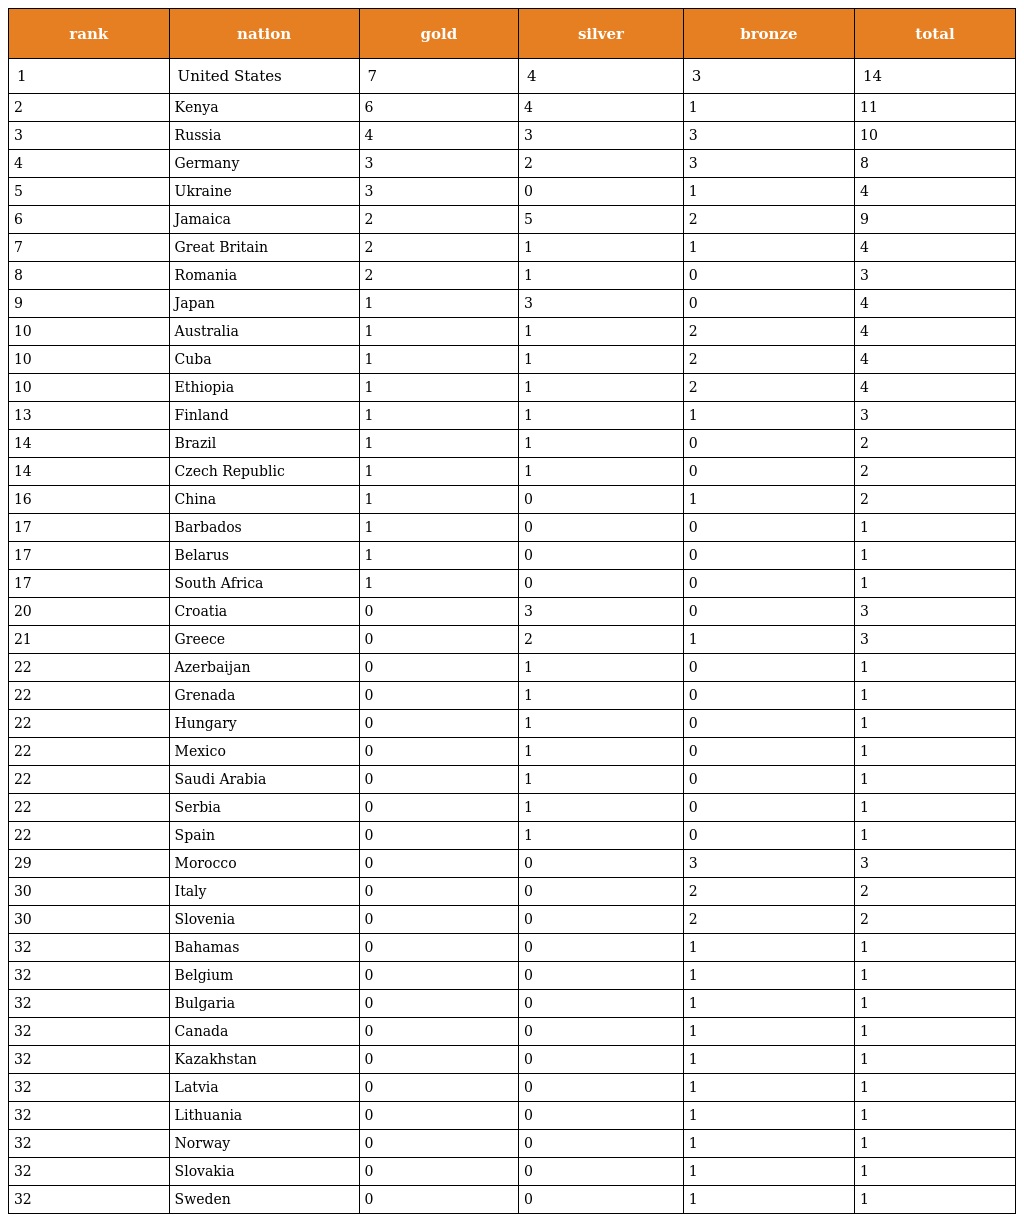
| rank | nation | gold | silver | bronze | total |
 | --- | --- | --- | --- | --- | --- |
 | 1 | United States | 7 | 4 | 3 | 14 |
 | 2 | Kenya | 6 | 4 | 1 | 11 |
 | 3 | Russia | 4 | 3 | 3 | 10 |
 | 4 | Germany | 3 | 2 | 3 | 8 |
 | 5 | Ukraine | 3 | 0 | 1 | 4 |
 | 6 | Jamaica | 2 | 5 | 2 | 9 |
 | 7 | Great Britain | 2 | 1 | 1 | 4 |
 | 8 | Romania | 2 | 1 | 0 | 3 |
 | 9 | Japan | 1 | 3 | 0 | 4 |
 | 10 | Australia | 1 | 1 | 2 | 4 |
 | 10 | Cuba | 1 | 1 | 2 | 4 |
 | 10 | Ethiopia | 1 | 1 | 2 | 4 |
 | 13 | Finland | 1 | 1 | 1 | 3 |
 | 14 | Brazil | 1 | 1 | 0 | 2 |
 | 14 | Czech Republic | 1 | 1 | 0 | 2 |
 | 16 | China | 1 | 0 | 1 | 2 |
 | 17 | Barbados | 1 | 0 | 0 | 1 |
 | 17 | Belarus | 1 | 0 | 0 | 1 |
 | 17 | South Africa | 1 | 0 | 0 | 1 |
 | 20 | Croatia | 0 | 3 | 0 | 3 |
 | 21 | Greece | 0 | 2 | 1 | 3 |
 | 22 | Azerbaijan | 0 | 1 | 0 | 1 |
 | 22 | Grenada | 0 | 1 | 0 | 1 |
 | 22 | Hungary | 0 | 1 | 0 | 1 |
 | 22 | Mexico | 0 | 1 | 0 | 1 |
 | 22 | Saudi Arabia | 0 | 1 | 0 | 1 |
 | 22 | Serbia | 0 | 1 | 0 | 1 |
 | 22 | Spain | 0 | 1 | 0 | 1 |
 | 29 | Morocco | 0 | 0 | 3 | 3 |
 | 30 | Italy | 0 | 0 | 2 | 2 |
 | 30 | Slovenia | 0 | 0 | 2 | 2 |
 | 32 | Bahamas | 0 | 0 | 1 | 1 |
 | 32 | Belgium | 0 | 0 | 1 | 1 |
 | 32 | Bulgaria | 0 | 0 | 1 | 1 |
 | 32 | Canada | 0 | 0 | 1 | 1 |
 | 32 | Kazakhstan | 0 | 0 | 1 | 1 |
 | 32 | Latvia | 0 | 0 | 1 | 1 |
 | 32 | Lithuania | 0 | 0 | 1 | 1 |
 | 32 | Norway | 0 | 0 | 1 | 1 |
 | 32 | Slovakia | 0 | 0 | 1 | 1 |
 | 32 | Sweden | 0 | 0 | 1 | 1 |